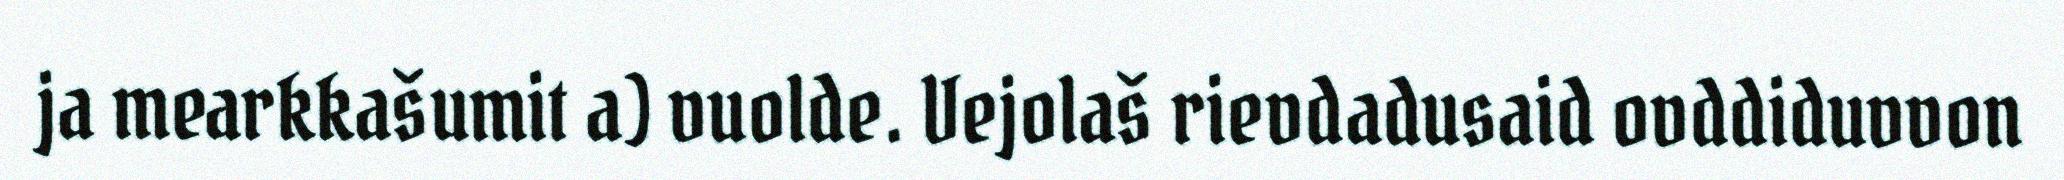
ja mearkkašumit a) vuolde. Vejolaš rievdadusaid ovddiduvvon